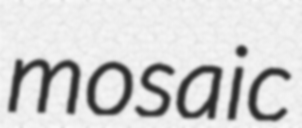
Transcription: mosaic